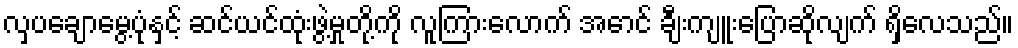
လှပချောမွေ့ပုံနှင့် ဆင်ယင်ထုံးဖွဲ့မှုတို့ကို လူကြားလောက် အောင် ချီးကျူးပြောဆိုလျက် ရှိလေသည်။